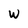
Character: W